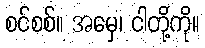
စင်စစ်။ အမှေ၊ ငါတို့ကို။